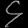
Digit: ၄